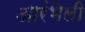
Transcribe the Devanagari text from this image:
आरंभेली